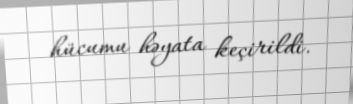
hücumu həyata keçirildi.